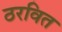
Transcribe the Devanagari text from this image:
ठरवित